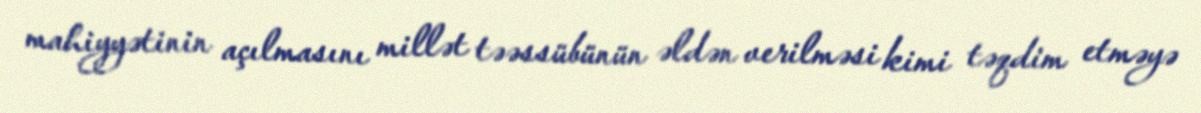
mahiyyətinin açılmasını millət təəssübünün əldən verilməsi kimi təqdim etməyə